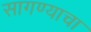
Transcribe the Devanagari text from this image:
सागण्याचा